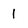
Character: 1